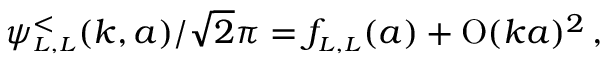
\psi _ { \scriptscriptstyle { L , L } } ^ { < } ( k , a ) / \sqrt 2 \pi = f _ { \scriptscriptstyle { L , L } } ( a ) + \mathrm { O } ( k a ) ^ { 2 } \, ,